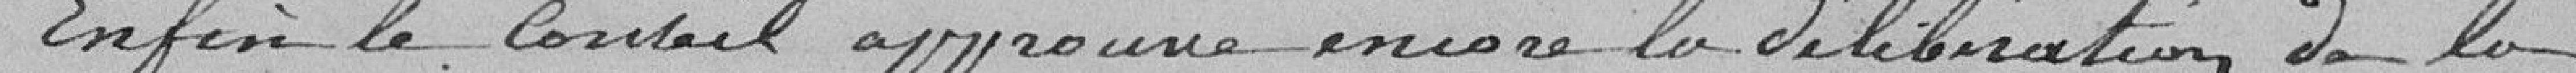
Enfin le Conseil approuve encore la délibération de la